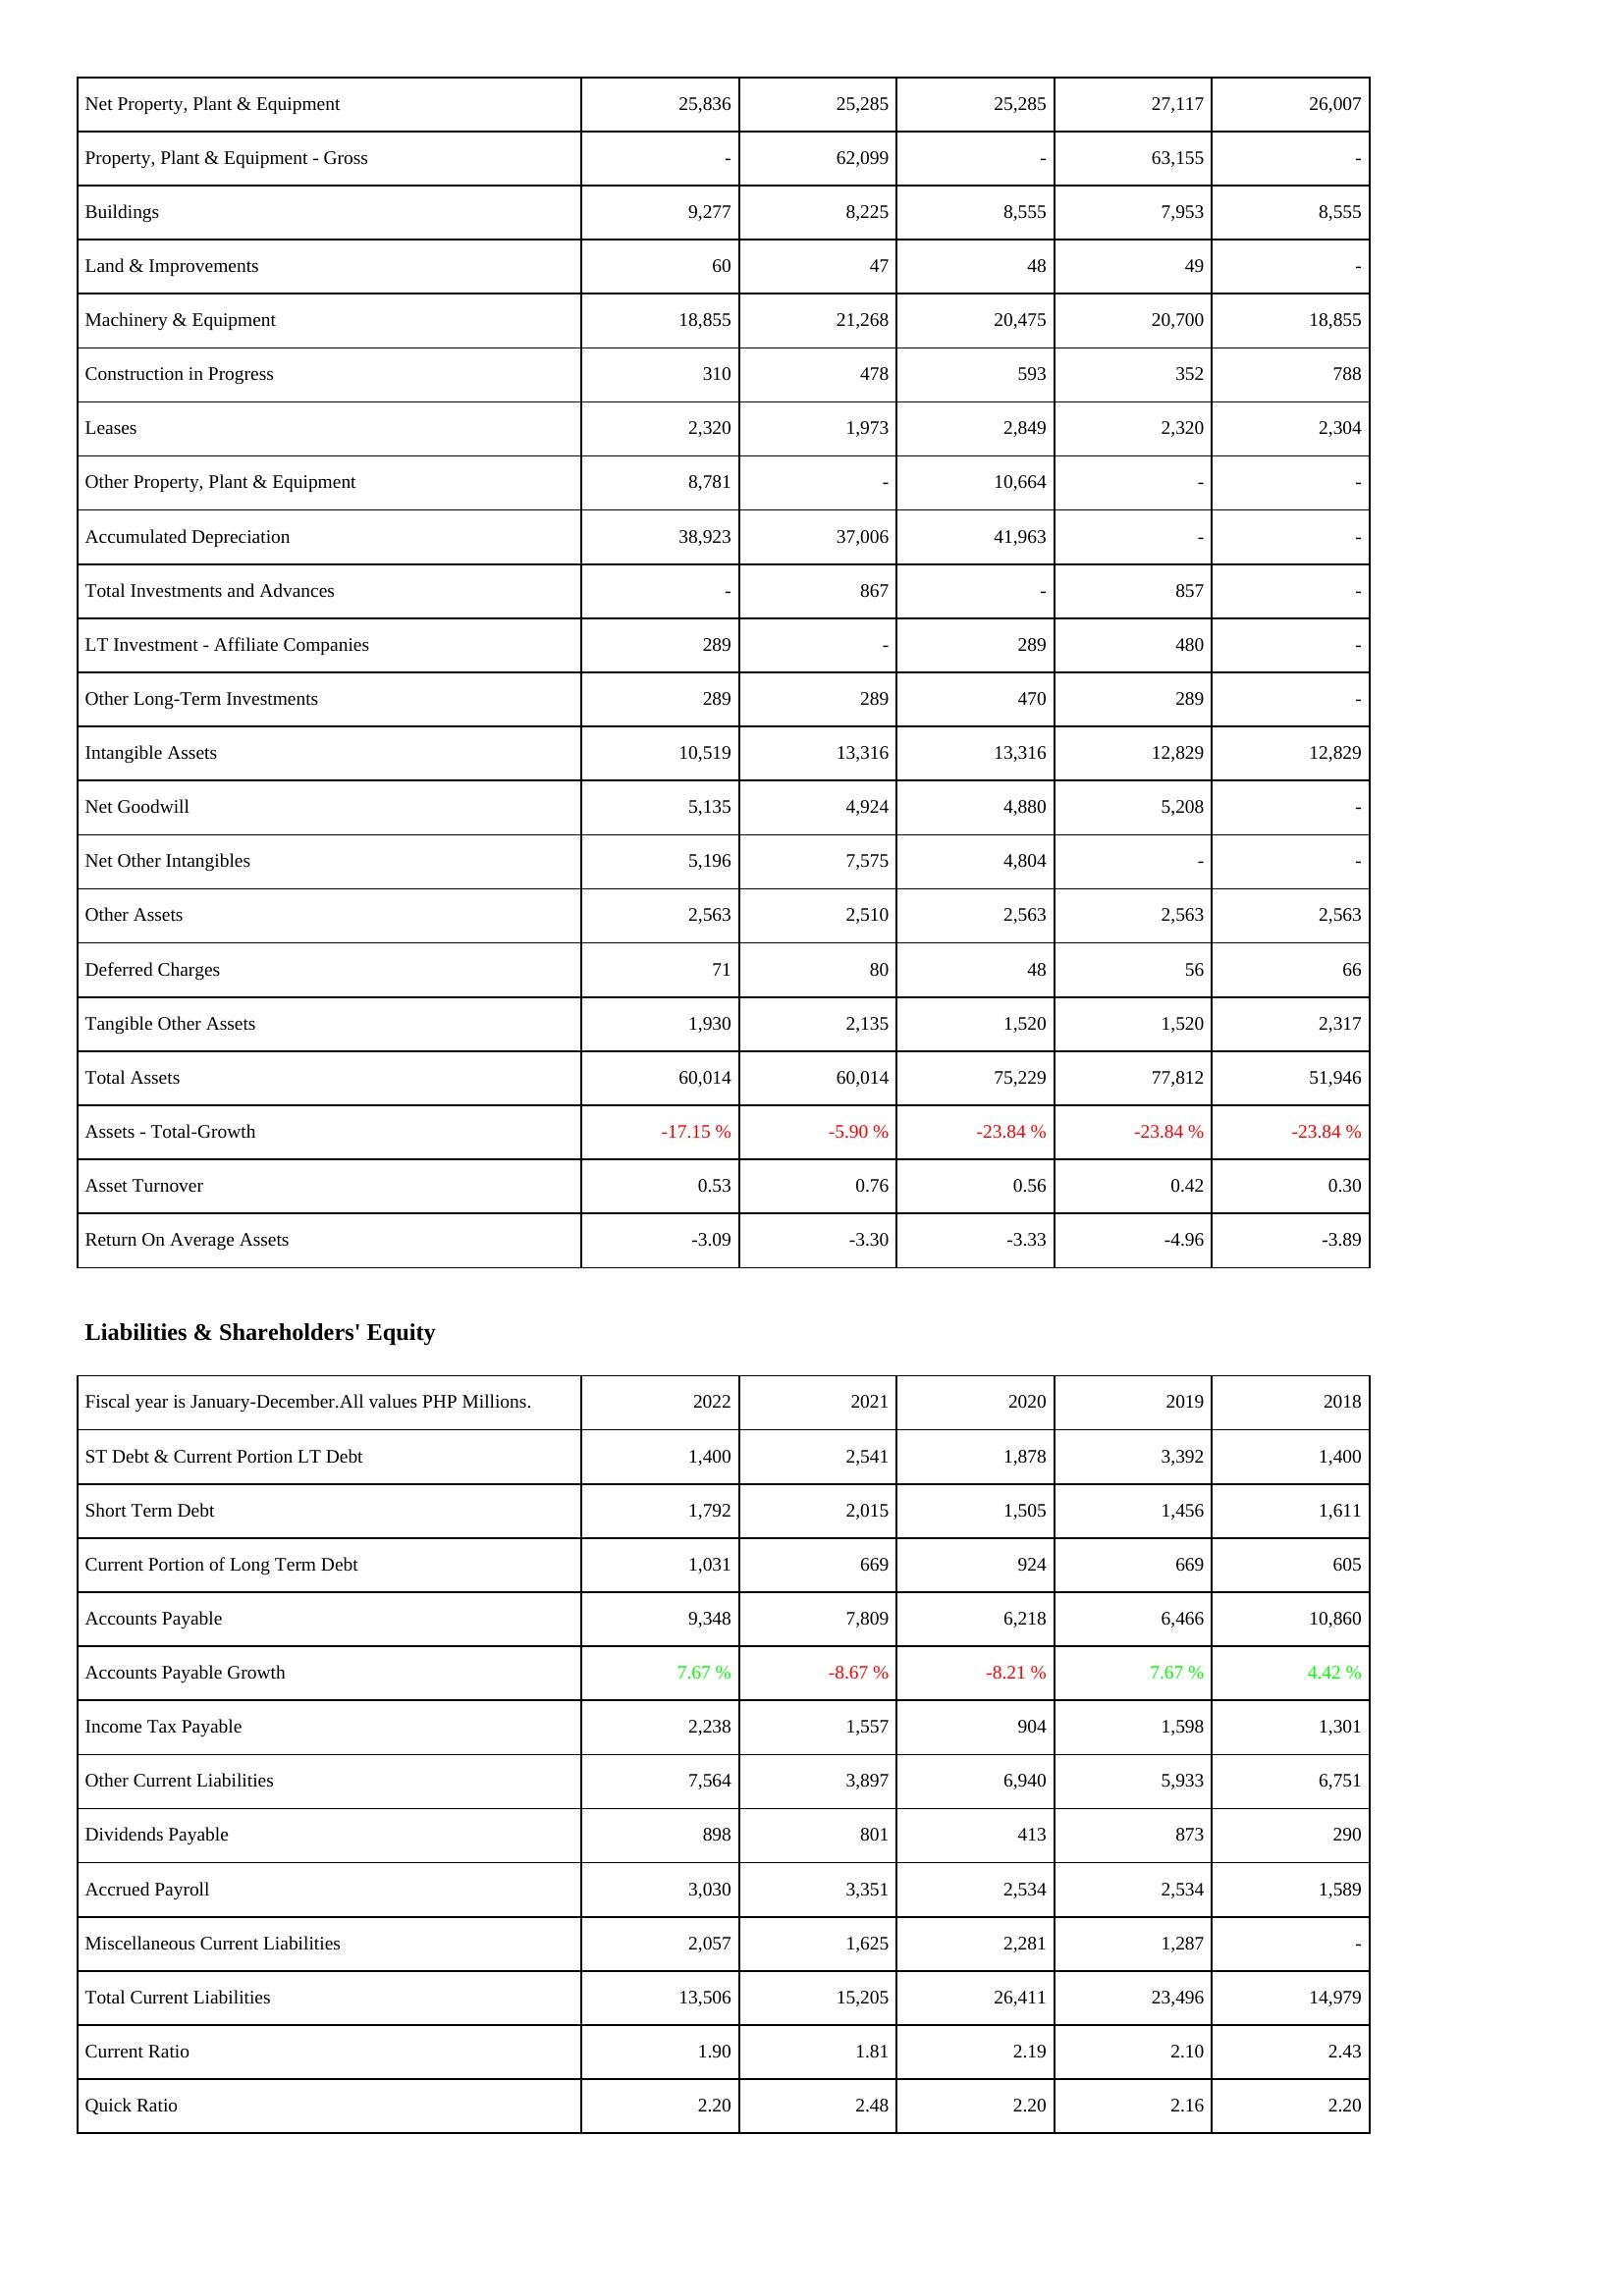
2022: Assets: Net Property, Plant & Equipment: 25,836
Property, Plant & Equipment - Gross: -
Buildings: 9,277
Land & Improvements: 60
Machinery & Equipment: 18,855
Construction in Progress: 310
Leases: 2,320
Other Property, Plant & Equipment: 8,781
Accumulated Depreciation: 38,923
Total Investments and Advances: -
LT Investment - Affiliate Companies: 289
Other Long-Term Investments: 289
Intangible Assets: 10,519
Net Goodwill: 5,135
Net Other Intangibles: 5,196
Other Assets: 2,563
Deferred Charges: 71
Tangible Other Assets: 1,930
Total Assets: 60,014
Assets - Total-Growth: -17.15 %
Asset Turnover: 0.53
Return On Average Assets: -3.09
Liabilities & Shareholders' Equity: ST Debt & Current Portion LT Debt: 1,400
Short Term Debt: 1,792
Current Portion of Long Term Debt: 1,031
Accounts Payable: 9,348
Accounts Payable Growth: 7.67 %
Income Tax Payable: 2,238
Other Current Liabilities: 7,564
Dividends Payable: 898
Accrued Payroll: 3,030
Miscellaneous Current Liabilities: 2,057
Total Current Liabilities: 13,506
Current Ratio: 1.90
Quick Ratio: 2.20
2021: Assets: Net Property, Plant & Equipment: 25,285
Property, Plant & Equipment - Gross: 62,099
Buildings: 8,225
Land & Improvements: 47
Machinery & Equipment: 21,268
Construction in Progress: 478
Leases: 1,973
Other Property, Plant & Equipment: -
Accumulated Depreciation: 37,006
Total Investments and Advances: 867
LT Investment - Affiliate Companies: -
Other Long-Term Investments: 289
Intangible Assets: 13,316
Net Goodwill: 4,924
Net Other Intangibles: 7,575
Other Assets: 2,510
Deferred Charges: 80
Tangible Other Assets: 2,135
Total Assets: 60,014
Assets - Total-Growth: -5.90 %
Asset Turnover: 0.76
Return On Average Assets: -3.30
Liabilities & Shareholders' Equity: ST Debt & Current Portion LT Debt: 2,541
Short Term Debt: 2,015
Current Portion of Long Term Debt: 669
Accounts Payable: 7,809
Accounts Payable Growth: -8.67 %
Income Tax Payable: 1,557
Other Current Liabilities: 3,897
Dividends Payable: 801
Accrued Payroll: 3,351
Miscellaneous Current Liabilities: 1,625
Total Current Liabilities: 15,205
Current Ratio: 1.81
Quick Ratio: 2.48
2020: Assets: Net Property, Plant & Equipment: 25,285
Property, Plant & Equipment - Gross: -
Buildings: 8,555
Land & Improvements: 48
Machinery & Equipment: 20,475
Construction in Progress: 593
Leases: 2,849
Other Property, Plant & Equipment: 10,664
Accumulated Depreciation: 41,963
Total Investments and Advances: -
LT Investment - Affiliate Companies: 289
Other Long-Term Investments: 470
Intangible Assets: 13,316
Net Goodwill: 4,880
Net Other Intangibles: 4,804
Other Assets: 2,563
Deferred Charges: 48
Tangible Other Assets: 1,520
Total Assets: 75,229
Assets - Total-Growth: -23.84 %
Asset Turnover: 0.56
Return On Average Assets: -3.33
Liabilities & Shareholders' Equity: ST Debt & Current Portion LT Debt: 1,878
Short Term Debt: 1,505
Current Portion of Long Term Debt: 924
Accounts Payable: 6,218
Accounts Payable Growth: -8.21 %
Income Tax Payable: 904
Other Current Liabilities: 6,940
Dividends Payable: 413
Accrued Payroll: 2,534
Miscellaneous Current Liabilities: 2,281
Total Current Liabilities: 26,411
Current Ratio: 2.19
Quick Ratio: 2.20
2019: Assets: Net Property, Plant & Equipment: 27,117
Property, Plant & Equipment - Gross: 63,155
Buildings: 7,953
Land & Improvements: 49
Machinery & Equipment: 20,700
Construction in Progress: 352
Leases: 2,320
Other Property, Plant & Equipment: -
Accumulated Depreciation: -
Total Investments and Advances: 857
LT Investment - Affiliate Companies: 480
Other Long-Term Investments: 289
Intangible Assets: 12,829
Net Goodwill: 5,208
Net Other Intangibles: -
Other Assets: 2,563
Deferred Charges: 56
Tangible Other Assets: 1,520
Total Assets: 77,812
Assets - Total-Growth: -23.84 %
Asset Turnover: 0.42
Return On Average Assets: -4.96
Liabilities & Shareholders' Equity: ST Debt & Current Portion LT Debt: 3,392
Short Term Debt: 1,456
Current Portion of Long Term Debt: 669
Accounts Payable: 6,466
Accounts Payable Growth: 7.67 %
Income Tax Payable: 1,598
Other Current Liabilities: 5,933
Dividends Payable: 873
Accrued Payroll: 2,534
Miscellaneous Current Liabilities: 1,287
Total Current Liabilities: 23,496
Current Ratio: 2.10
Quick Ratio: 2.16
2018: Assets: Net Property, Plant & Equipment: 26,007
Property, Plant & Equipment - Gross: -
Buildings: 8,555
Land & Improvements: -
Machinery & Equipment: 18,855
Construction in Progress: 788
Leases: 2,304
Other Property, Plant & Equipment: -
Accumulated Depreciation: -
Total Investments and Advances: -
LT Investment - Affiliate Companies: -
Other Long-Term Investments: -
Intangible Assets: 12,829
Net Goodwill: -
Net Other Intangibles: -
Other Assets: 2,563
Deferred Charges: 66
Tangible Other Assets: 2,317
Total Assets: 51,946
Assets - Total-Growth: -23.84 %
Asset Turnover: 0.30
Return On Average Assets: -3.89
Liabilities & Shareholders' Equity: ST Debt & Current Portion LT Debt: 1,400
Short Term Debt: 1,611
Current Portion of Long Term Debt: 605
Accounts Payable: 10,860
Accounts Payable Growth: 4.42 %
Income Tax Payable: 1,301
Other Current Liabilities: 6,751
Dividends Payable: 290
Accrued Payroll: 1,589
Miscellaneous Current Liabilities: -
Total Current Liabilities: 14,979
Current Ratio: 2.43
Quick Ratio: 2.20